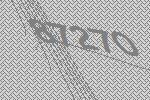
87270